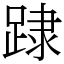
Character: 䠈